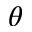
\theta